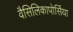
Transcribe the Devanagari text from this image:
वैसिलिकापोर्सिया